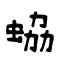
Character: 蛠